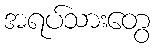
အရပ်သားတွေ